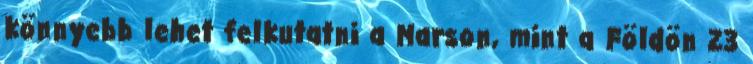
könnyebb lehet felkutatni a Marson, mint a Földön 23